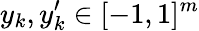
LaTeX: y_{k},y_{k}^{\prime}\in[-1,1]^{m}